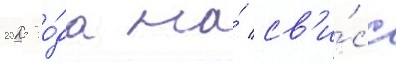
2025 го́да на́ св'и́сс